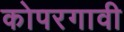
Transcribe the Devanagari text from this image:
कोपरगावी